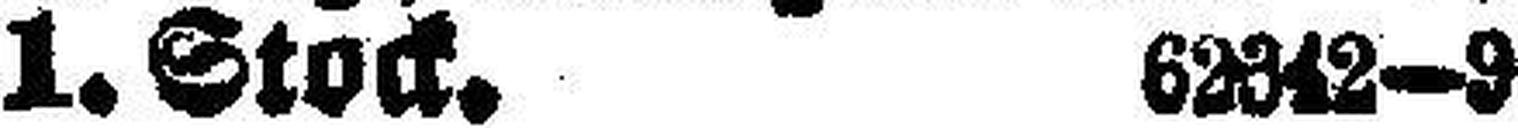
1. Stock. 62342—9